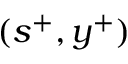
( s ^ { + } , y ^ { + } )